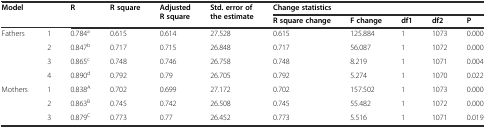
<table><thead><tr><td rowspan="2" colspan="2"><b>Model</b></td><td rowspan="2"><b>R</b></td><td rowspan="2"><b>R square</b></td><td rowspan="2"><b>Adjusted R square</b></td><td rowspan="2"><b>Std. error of the estimate</b></td><td colspan="5"><b>Change statistics</b></td></tr><tr><td><b>R square change</b></td><td><b>F change</b></td><td><b>df1</b></td><td><b>df2</b></td><td><b>P</b></td></tr></thead><tbody><tr><td rowspan="4">Fathers</td><td>1</td><td>0.784<sup>a</sup></td><td>0.615</td><td>0.614</td><td>27.528</td><td>0.615</td><td>125.884</td><td>1</td><td>1073</td><td>0.000</td></tr><tr><td>2</td><td>0.847<sup>b</sup></td><td>0.717</td><td>0.715</td><td>26.848</td><td>0.717</td><td>56.087</td><td>1</td><td>1072</td><td>0.000</td></tr><tr><td>3</td><td>0.865<sup>c</sup></td><td>0.748</td><td>0.746</td><td>26.758</td><td>0.748</td><td>8.219</td><td>1</td><td>1071</td><td>0.004</td></tr><tr><td>4</td><td>0.890<sup>d</sup></td><td>0.792</td><td>0.79</td><td>26.705</td><td>0.792</td><td>5.274</td><td>1</td><td>1070</td><td>0.022</td></tr><tr><td rowspan="3">Mothers</td><td>1</td><td>0.838<sup>A</sup></td><td>0.702</td><td>0.699</td><td>27.172</td><td>0.702</td><td>157.502</td><td>1</td><td>1073</td><td>0.000</td></tr><tr><td>2</td><td>0.863<sup>B</sup></td><td>0.745</td><td>0.742</td><td>26.508</td><td>0.745</td><td>55.482</td><td>1</td><td>1072</td><td>0.000</td></tr><tr><td>3</td><td>0.879<sup>C</sup></td><td>0.773</td><td>0.77</td><td>26.452</td><td>0.773</td><td>5.516</td><td>1</td><td>1071</td><td>0.019</td></tr></tbody></table>